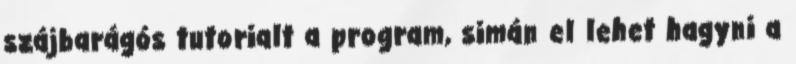
szájbarágós tutorialt a program, simán el lehet hagyni a